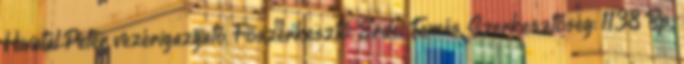
Hivatal Péter vezérigazgató, Főszerkesztő: Erdei Tamás, Szerkesztőség: 1138 Bp.,